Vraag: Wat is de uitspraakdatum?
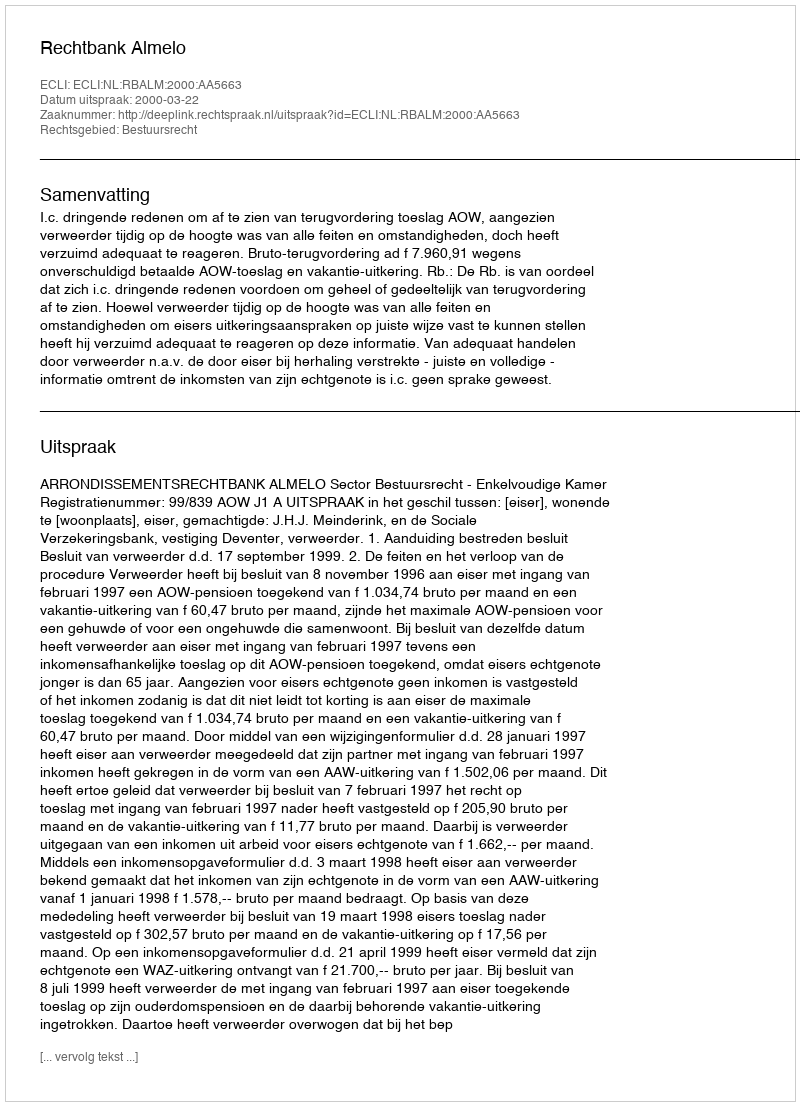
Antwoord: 2000-03-22